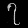
Digit: ၇